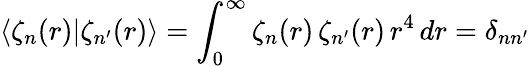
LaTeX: \langle\zeta_{n}(r)|\zeta_{n^{\prime}}(r)\rangle=\int_{0}^{\infty}\zeta_{n}(r)\, \zeta_{n^{\prime}}(r)\, r^{4}\, dr=\delta_{nn^{\prime}}